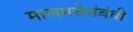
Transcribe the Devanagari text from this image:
मालमत्तेसंबंधी